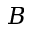
B